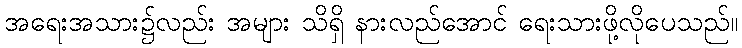
အရေးအသား၌လည်း အများ သိရှိ နားလည်အောင် ရေးသားဖို့လိုပေသည်။